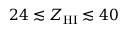
2 4 \lesssim Z _ { \mathrm { H I } } \lesssim 4 0